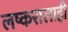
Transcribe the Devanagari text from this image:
लष्करालाही